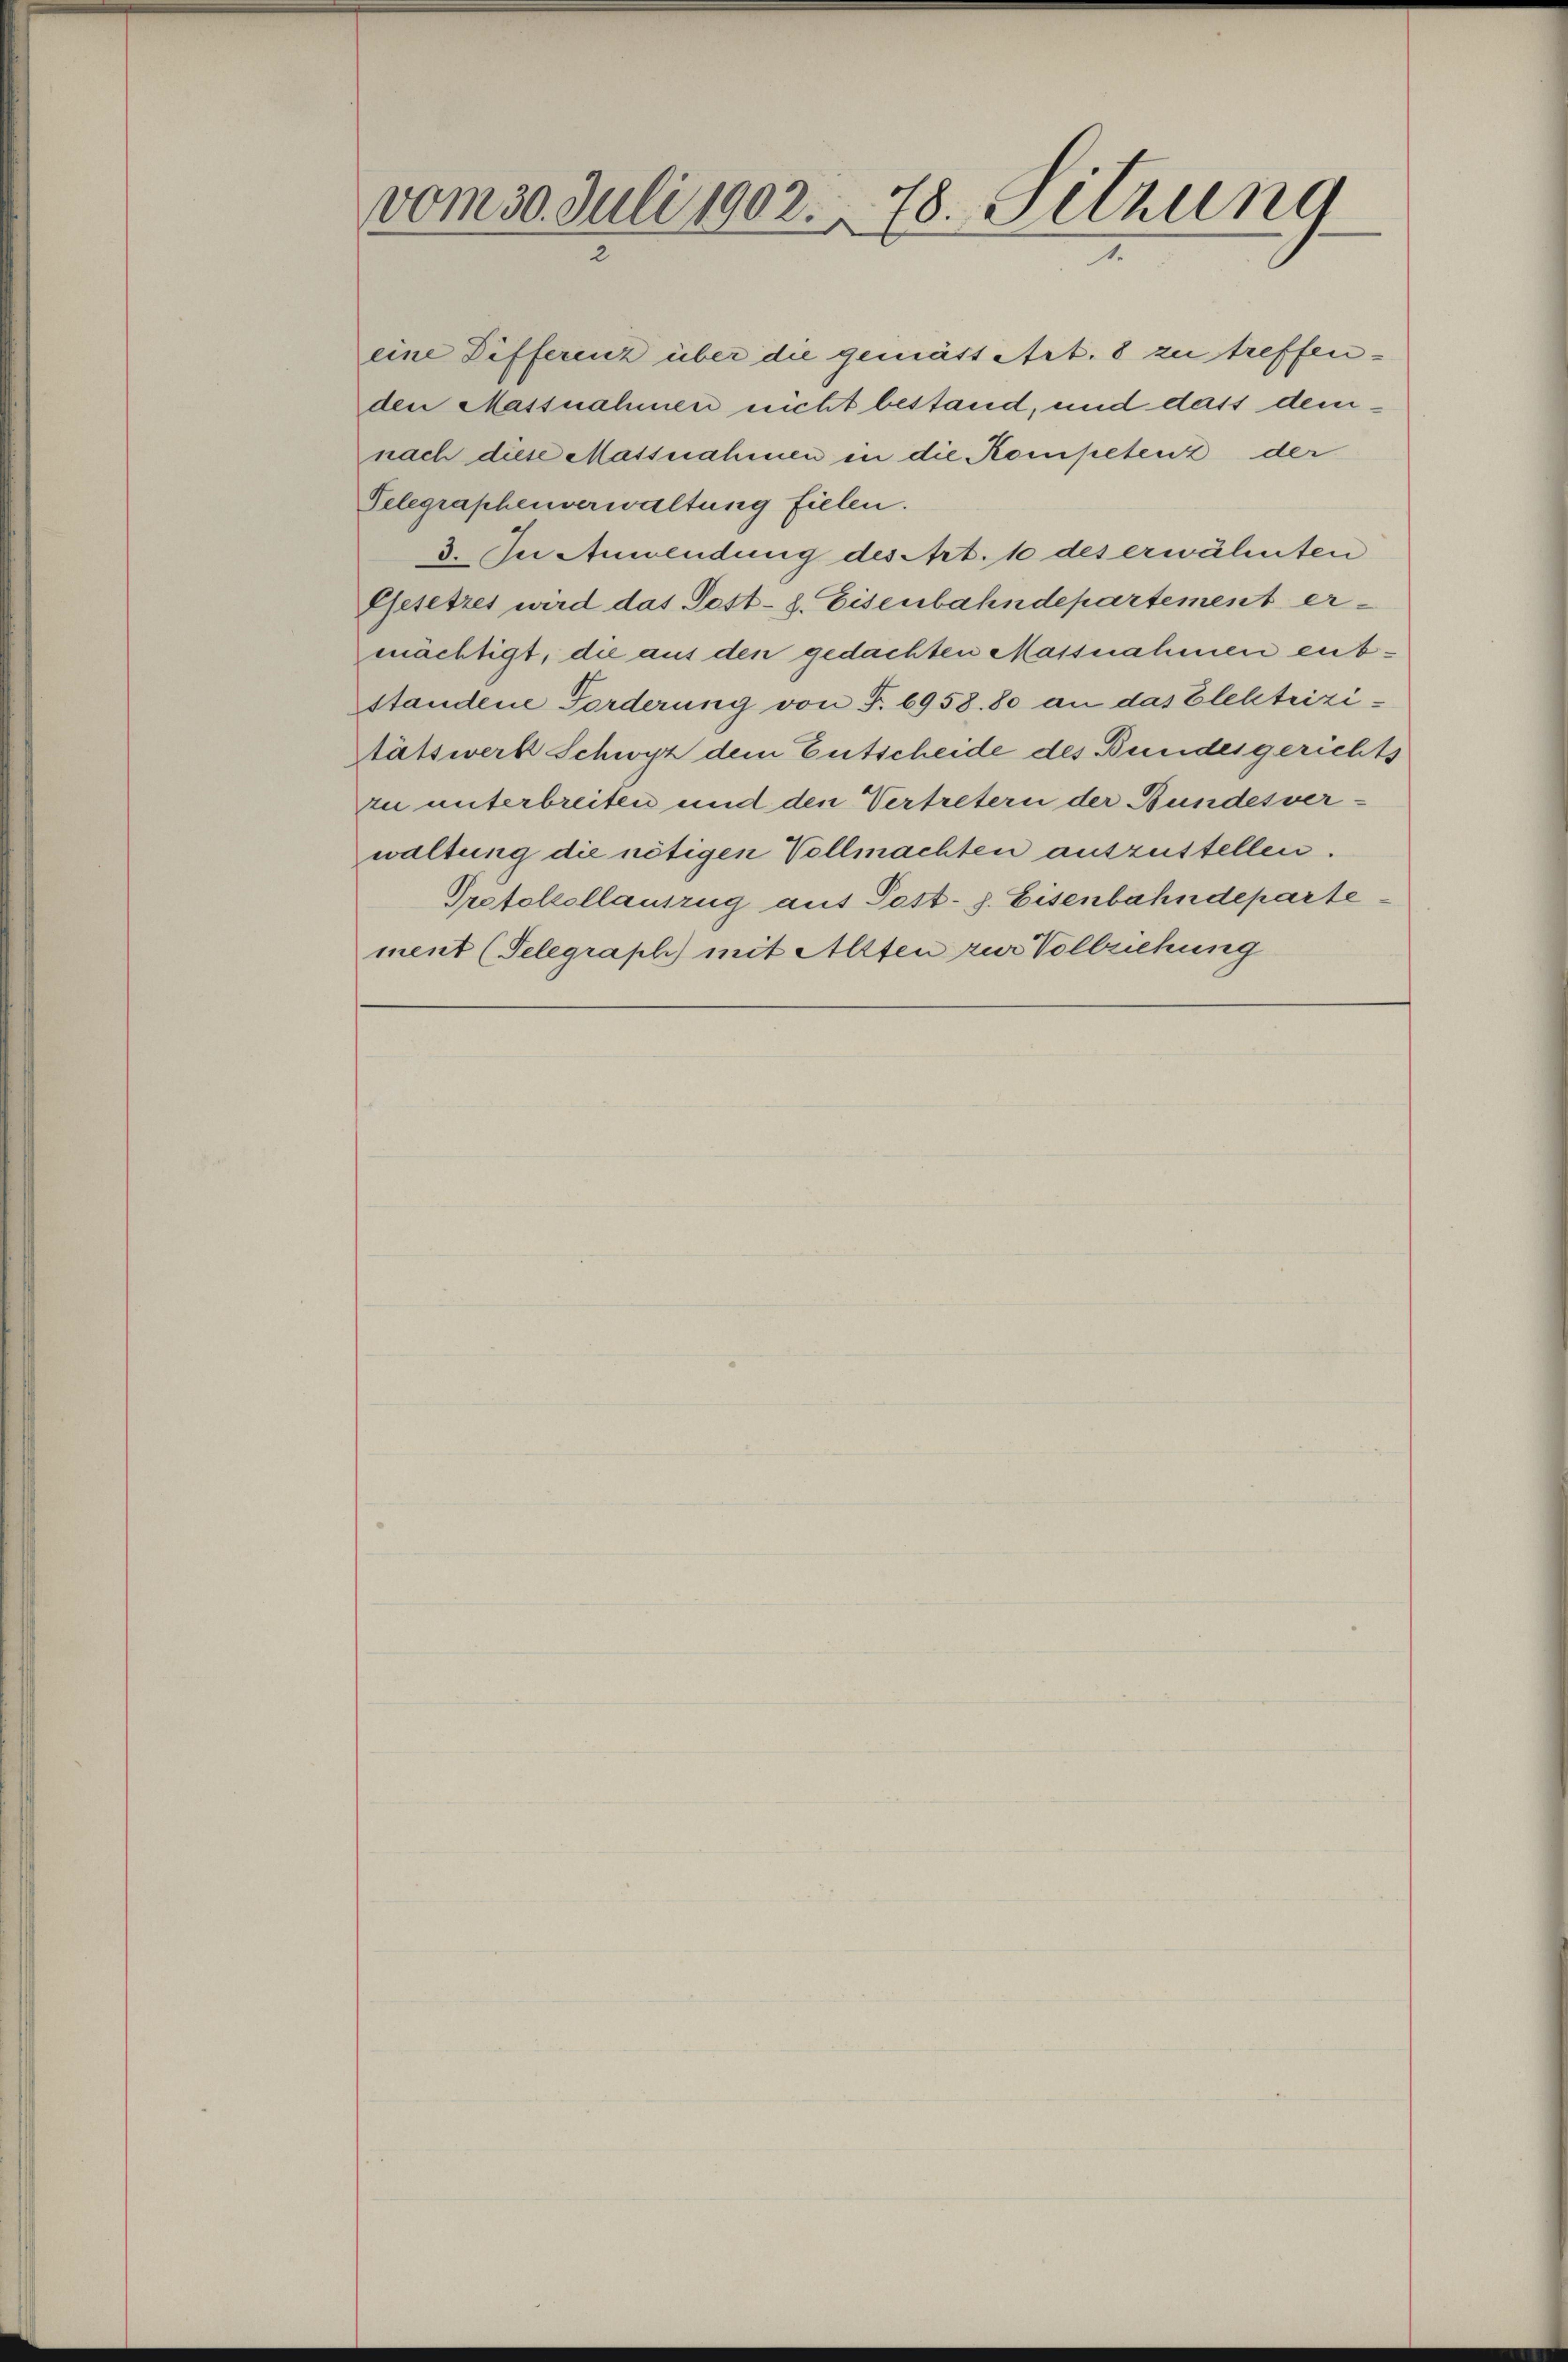
vom 30. Juli 1902. 78. Setzung

eine Differeiz über die gemäss Art. 8 zu treffenden Massnahmen nicht bestand, und dass demnach diese Massnahmen in die Kompetenz der
Telegraphenverwaltung fielen.
3. In Anwendung des Art. 10 des erwähnten
Gesetzes wird das Post- h. Eisenbahndepartement ermächtigt, die aus den gedachten Massnahmen entstandene Forderung von F. 6958.80 an das Elektrizitätswerk Schwyz dem Entscheide des Bundesgerichts
zu unterbreiten und den Vertretern der Bundesver-
waltung die nötigen Vollmachten auszustellen.
Protokollauszug aus Post- s. Eisenbahndeparte
ment (Telegraph) mit Allten zur Vollziehung